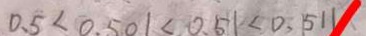
0 . 5 < 0 . 5 0 1 < 0 . 5 1 < 0 . 5 1 1